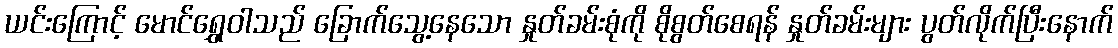
ယင်းကြောင့် မောင်ရွှေဝါသည် ခြောက်သွေ့နေသော နှုတ်ခမ်းစုံကို စိုစွတ်စေရန် နှုတ်ခမ်းများ ပွတ်လိုက်ပြီးနောက်